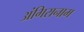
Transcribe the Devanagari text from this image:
अंगिरानाम